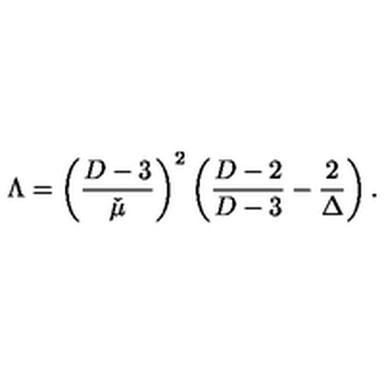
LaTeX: \Lambda = \left( \frac { D - 3 } { \check { \mu } } \right) ^ { 2 } \left( \frac { D - 2 } { D - 3 } - \frac { 2 } { \Delta } \right) .